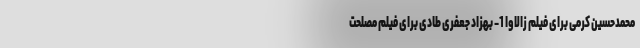
محمدحسین کرمی برای فیلم زالاوا 1- بهزاد جعفری طادی برای فیلم مصلحت